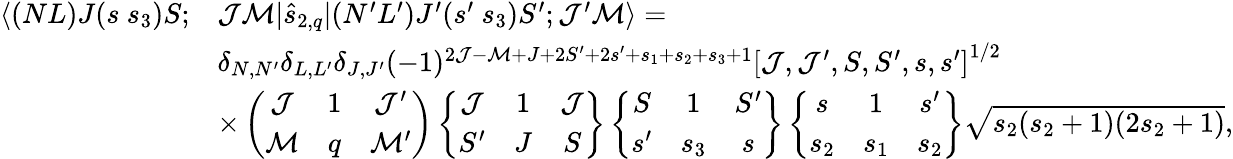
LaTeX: \begin{array}{rl}{\langle(NL)J(s~s_{3})S;}&{\mathcal{J}\mathcal{M}|\hat{s}_{2,q}|(N^{\prime}L^{\prime})J^{\prime}(s^{\prime}~s_{3})S^{\prime};\mathcal{J}^{\prime}\mathcal{M}\rangle=}\\ &{\delta_{N,N^{\prime}}\delta_{L,L^{\prime}}\delta_{J,J^{\prime}}(-1)^{2\mathcal{J}-\mathcal{M}+J+2S^{\prime}+2s^{\prime}+s_{1}+s_{2}+s_{3}+1}\left[\mathcal{J},\mathcal{J}^{\prime},S,S^{\prime},s,s^{\prime}\right]^{1/2}}\\ &{\times\left(\begin{array}{ccc}{\mathcal{J}}&{1}&{\mathcal{J}^{\prime}}\\ {\mathcal{M}}&{q}&{\mathcal{M}^{\prime}}\end{array}\right)\left\{ \begin{array}{ccc}{\mathcal{J}}&{1}&{\mathcal{J}}\\ {S^{\prime}}&{J}&{S}\end{array}\right\} \left\{ \begin{array}{ccc}{S}&{1}&{S^{\prime}}\\ {s^{\prime}}&{s_{3}}&{s}\end{array}\right\} \left\{ \begin{array}{ccc}{s}&{1}&{s^{\prime}}\\ {s_{2}}&{s_{1}}&{s_{2}}\end{array}\right\} \sqrt{s_{2}(s_{2}+1)(2s_{2}+1)},}\end{array}